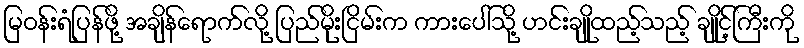
မြဝန်းရံပြန်ဖို့ အချိန်ရောက်လို့ ပြည်မိုးငြိမ်းက ကားပေါ်သို့ ဟင်းချိုထည့်သည့် ချိုင့်ကြီးကို